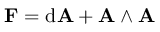
\mathbf { F } = \mathrm { d } \mathbf { A } + \mathbf { A } \wedge \mathbf { A }